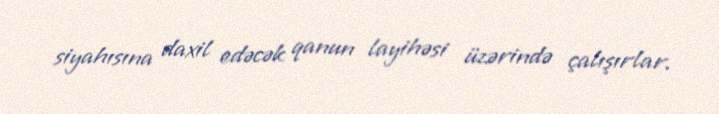
siyahısına daxil edəcək qanun layihəsi üzərində çalışırlar.